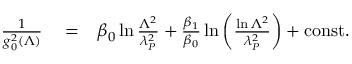
\begin{array} { r l r } { { \frac { 1 } { g _ { 0 } ^ { 2 } ( \Lambda ) } } } & { { } = } & { \beta _ { 0 } \ln { \frac { \Lambda ^ { 2 } } { \lambda _ { P } ^ { 2 } } } + { \frac { \beta _ { 1 } } { \beta _ { 0 } } } \ln \left( { \frac { \ln \Lambda ^ { 2 } } { \lambda _ { P } ^ { 2 } } } \right) + \mathrm { c o n s t . } } \end{array}